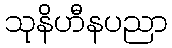
သုနိဟီနပညာ